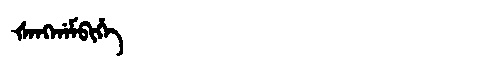
Manchu: ᡧᠠᠩᡤᠠᠮᠪᡳᡥᡝ
Romanization: ŠANGGAMBIHE